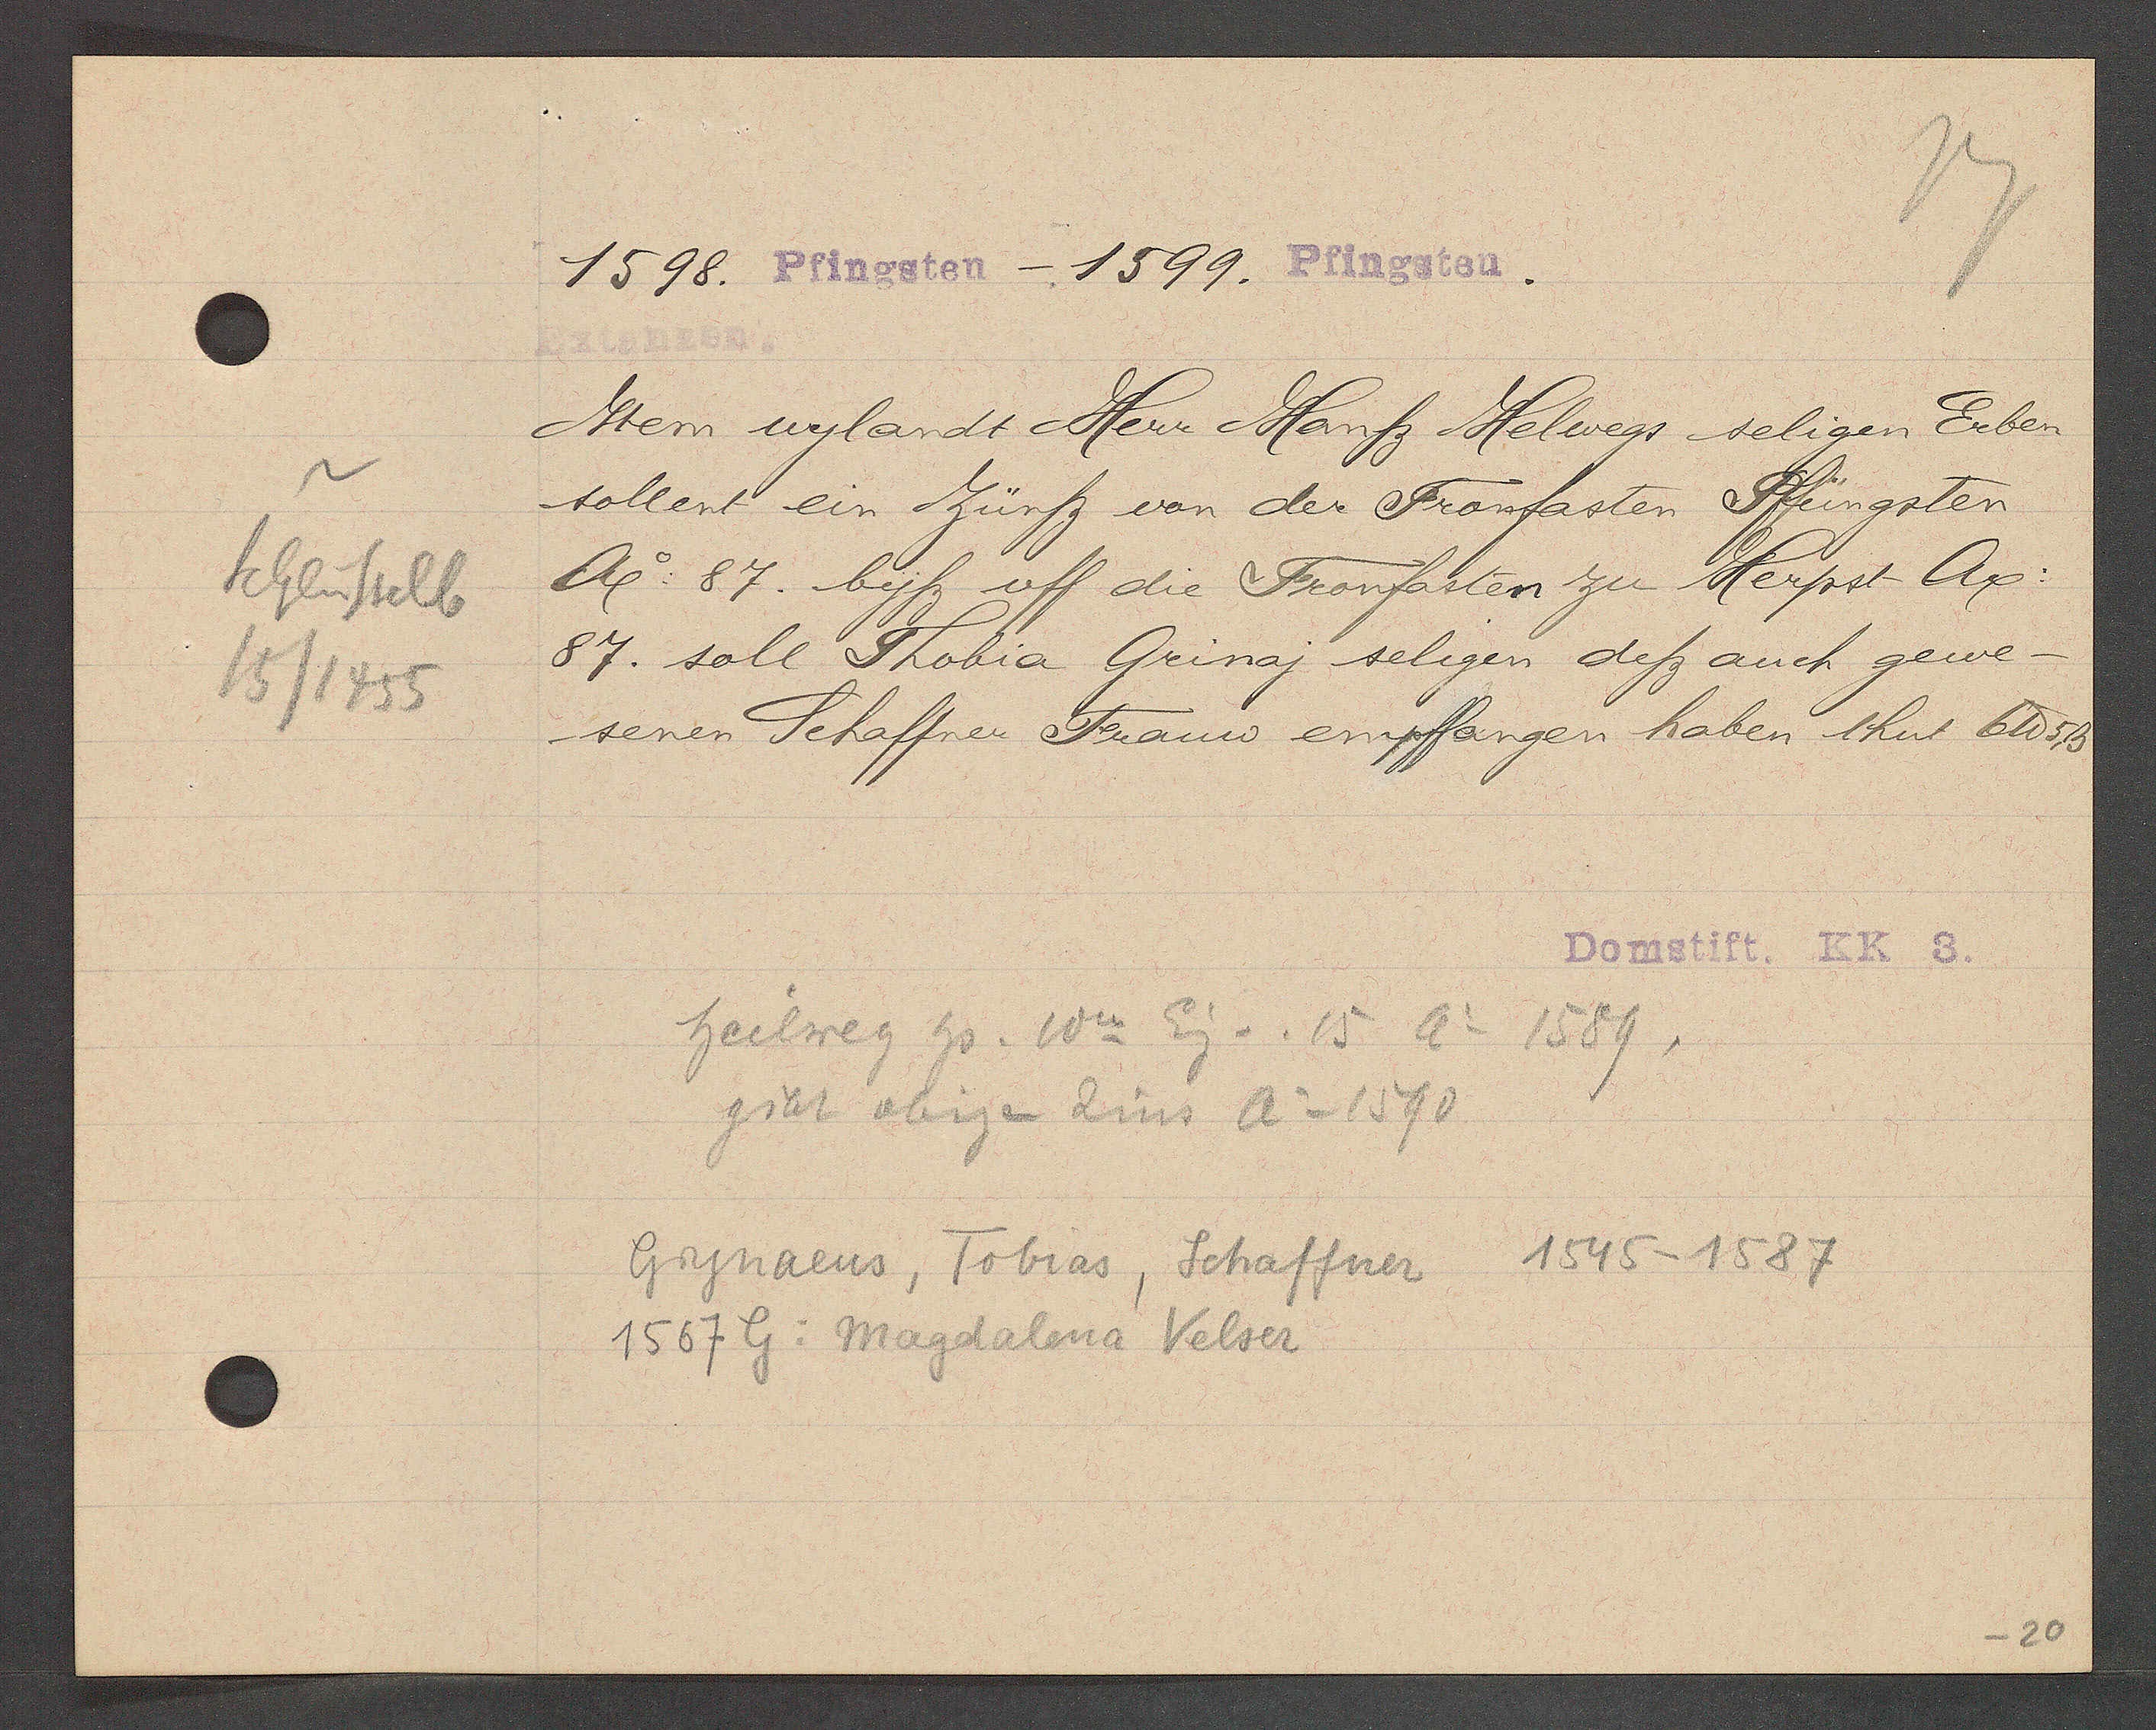
Transcript:
Schlüsselb
15/1455

1598. Pfingsten - 1599. Pfingsten.

Ittem wylandt Herr Hantz Helwegs seligen Erben
tollent ein Zünfz von der Fronfasten Pfingsten
Ae 87. byss uff die Fronfasten zu Herpst Ag:
87. soll Thobia Grinaj seligen desz auch gewe
seren Schaffner Frauw empfangen haben tut 6 ℔ 5 ß

Domstift. KK 3.

Grynaeus, Tobias, Schaffner 1545-1587
1567 G: Magdalena Velser
heilweg Hs. Ww Eig v. 15 Ao 1589.
gibt obigen Zins Ao 1590